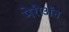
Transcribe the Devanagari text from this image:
मेरीॲन